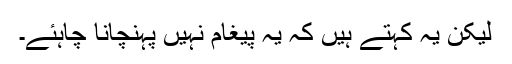
لیکن یہ کہتے ہیں کہ یہ پیغام نہیں پہنچانا چاہئے۔